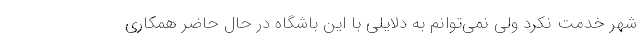
شهر خدمت نکرد ولی نمی‌توانم به دلایلی با این باشگاه در حال حاضر همکاری